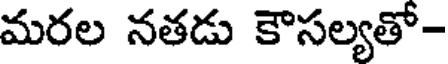
మరల నతడు కౌసల్యతో-